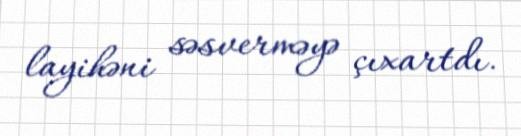
layihəni səsverməyə çıxartdı.